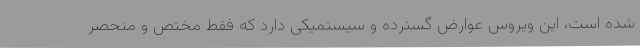
شده است، این ویروس عوارض گسترده و سیستمیکی دارد که فقط مختص و منحصر